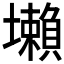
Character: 𡓒